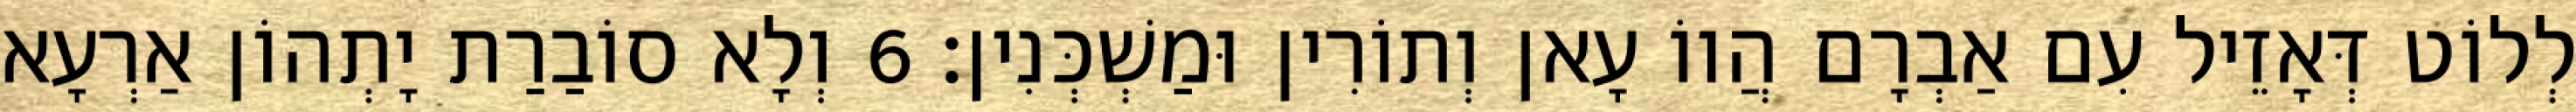
לְלוֹט דְּאָזֵיל עִם אַבְרָם הֲווֹ עָאן וְתוֹרִין וּמַשְׁכְּנִין׃ 6 וְלָא סוֹבַרַת יָתְהוֹן אַרְעָא